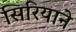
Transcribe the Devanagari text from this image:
सिरियाने